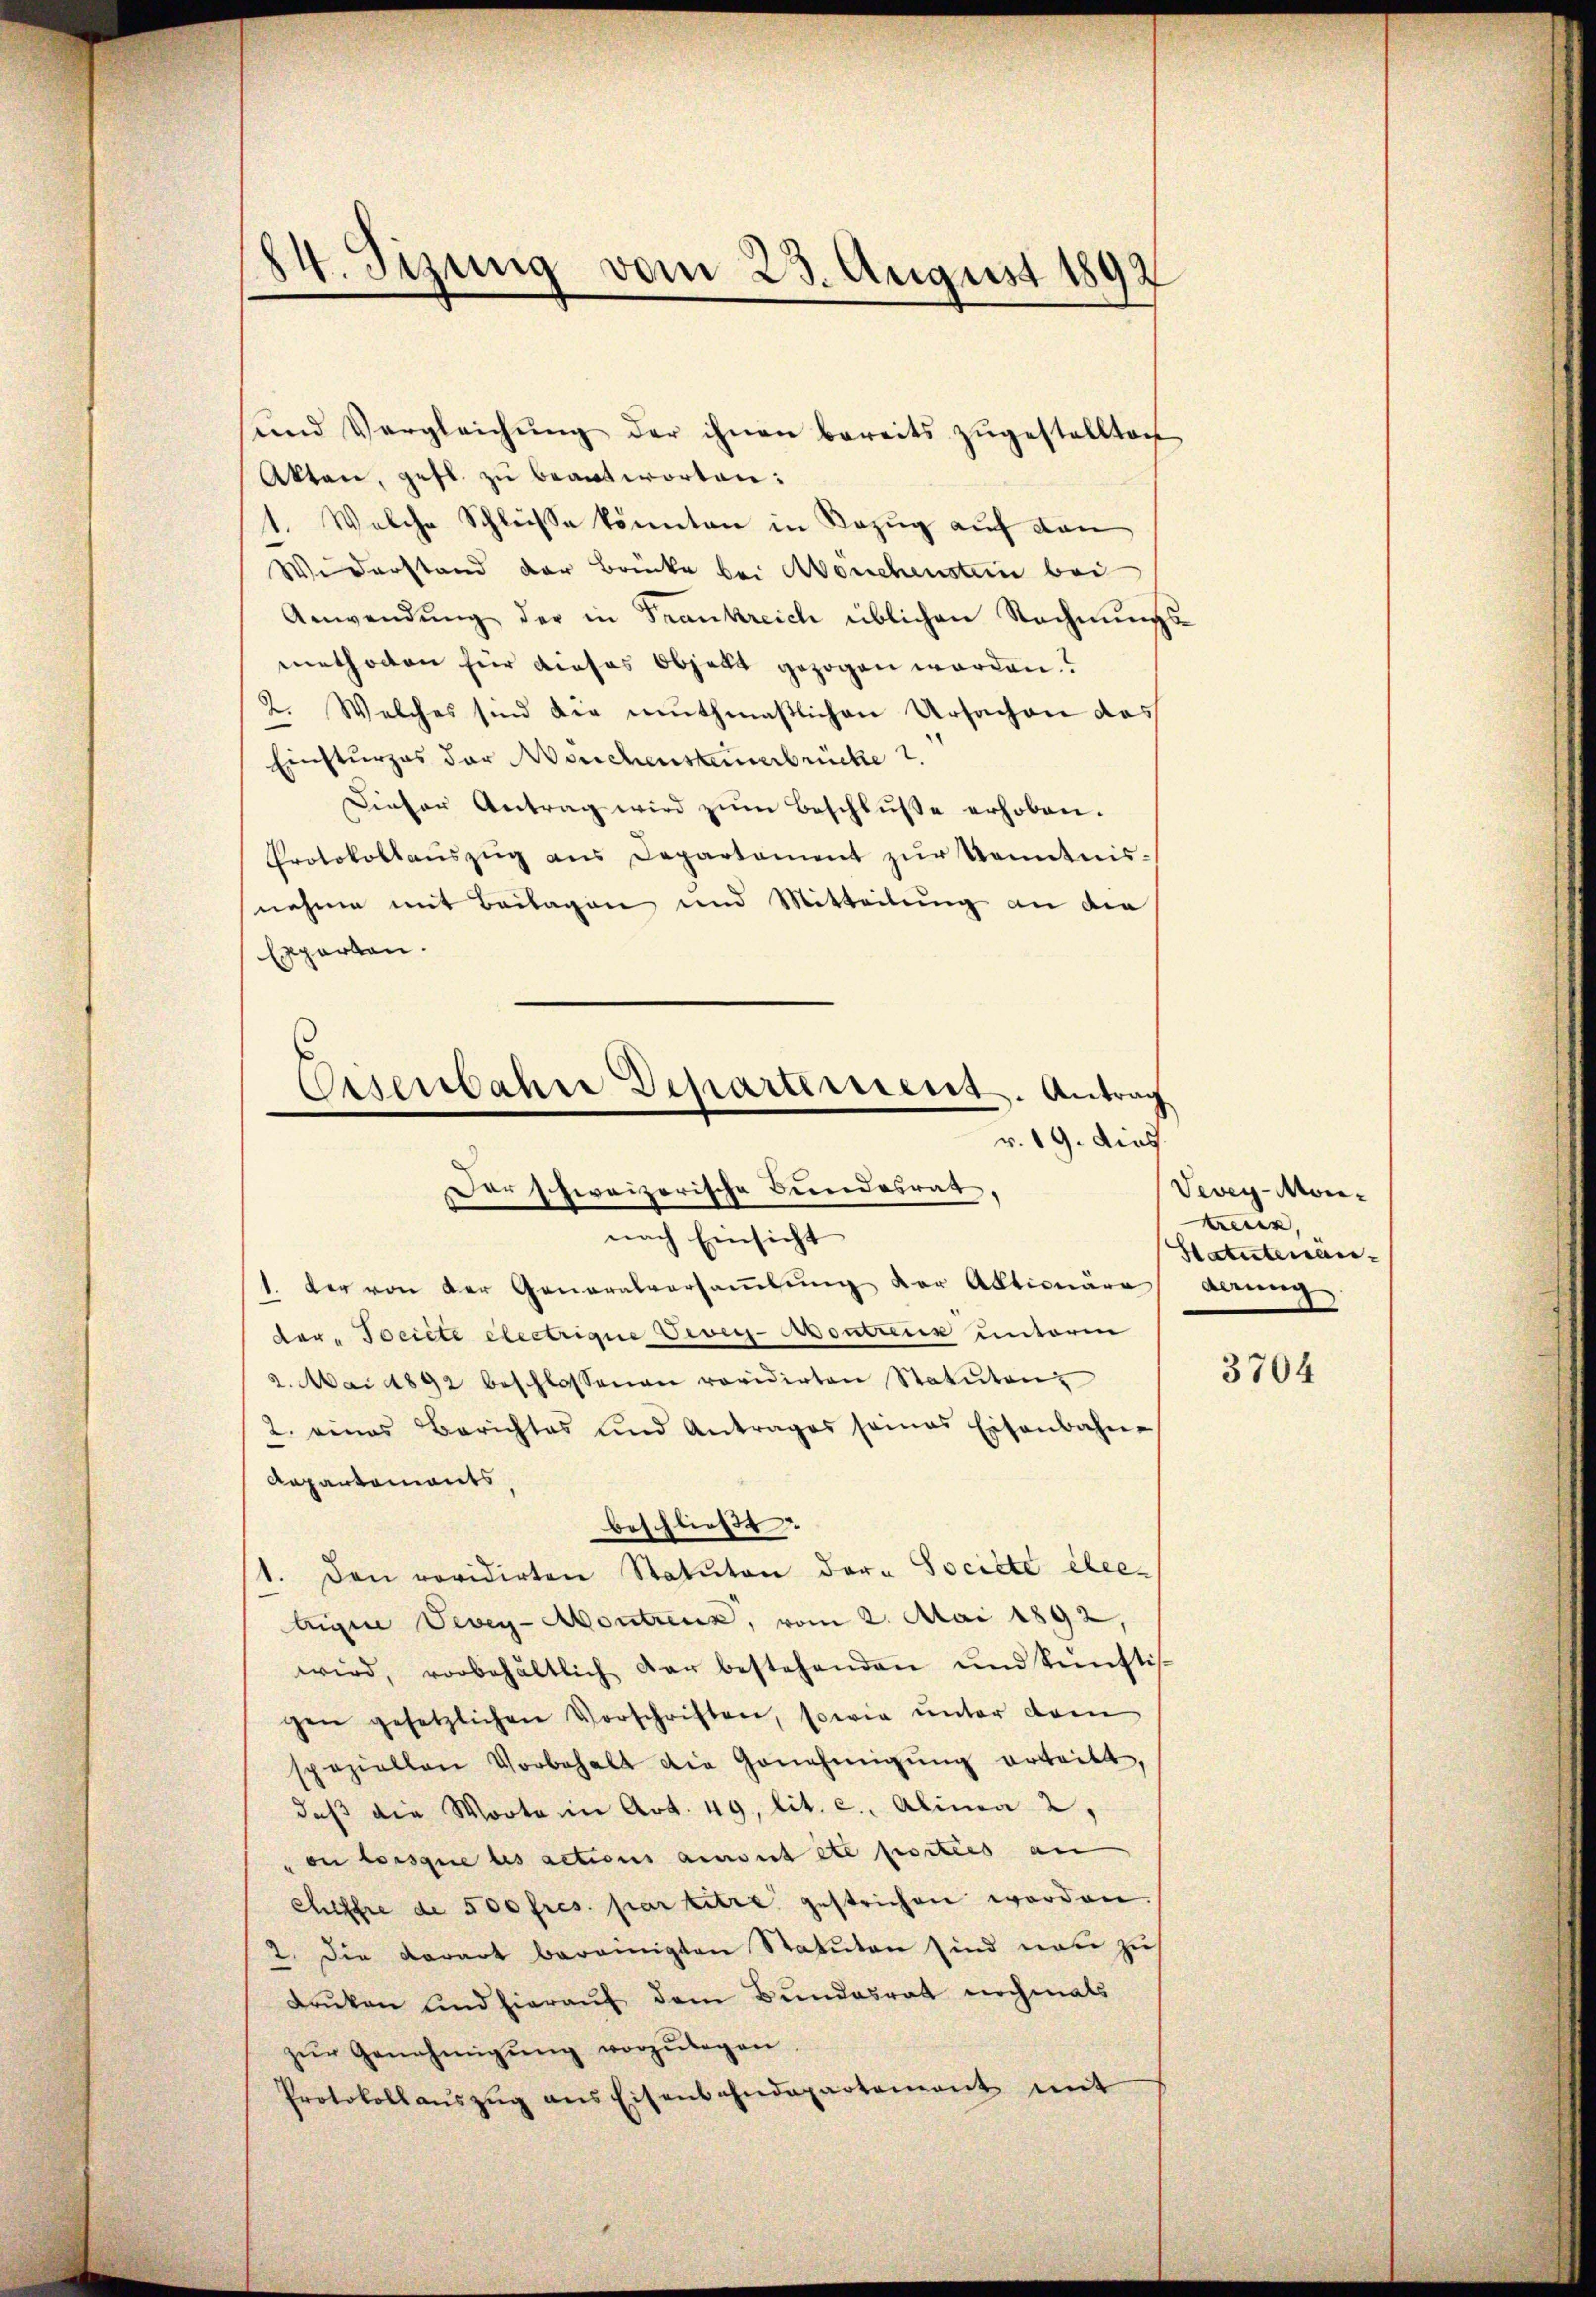
14. Sizung vom 23. August 1892

und Vergleichŭng der ihnen bereits zŭgestellten
Akten, gefl. zu beantworten:
1. Welche Schlüsse könnten in Bezug auf den
Widerstand der Brücke bei Abenchenstein bei
Anwendung der in Frankreich üblichen Rechnungsmethoden für dieses Objekt gezogen worden.
2. Welches sind die muthmaßlichen Ursachen das
Einsturzes der auchensteinerbrücke 2.
Dieser Antrag wird zŭm Beschlŭβe erhoben.
Protokollaŭszŭg aŭs Departement zŭr Kenntnis-
nehme mit Beilagen und Mitteilung an die
Epparten.
Eisenbahre Departement. Antrag
v. 19. dies
Der schweizerische Bundesrat,

nach Einsicht

1. der von der Generalversaṁlŭng der Aktionäre gerung
der-Tociete electrigue Vevey-Aontteur unterm
2. Mai 1892 beschlossenen revidirten Statuten
2. eines Berichtes und Antrages seines Eisenbahn-
Aepartements
beschließt:
1. Den revidirten Statuten der Société éleetrigue Vevey-Montreux, vom 2. Mai 1892,
wird, vorbehältlich dar bestehenden und künftis-
gen gesetzlichen Vorschriften, sowie unter dem
speziellen Vorbehalt die Genehmigŭng erteilt,
daβ die Worte in Art. 49, lit. c. Alina 2,
on lorsque les actions ansit ite porties an
Chiffre de 500 fres. par titre gestrichen worden.
2. Die derart bereinigten Statuten sind neu zus
Druken und hierauf dem Bundesrat nochmals
zŭr Genehmigung vorzulegen
Protokollaŭszŭg ans Eisenbahndepartement mit

Vevey-Monelten.
Hatutenan¬

3704